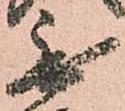
無